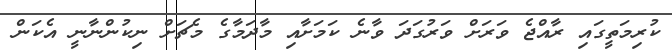
ކުރިމަތީގައި ރާއްޖެ ވަރަށް ވަރުގަދަ ވާނެ ކަމަށާއި މާދަމާގެ މެޗަށް ނިކުންނާނީ އެކަން